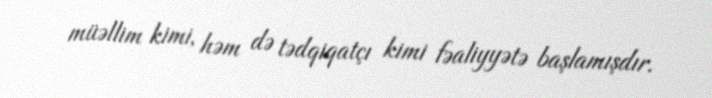
müəllim kimi, həm də tədqiqatçı kimi fəaliyyətə başlamışdır.